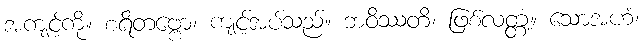
အကျင့်ကို။ စရိတဗ္ဗော၊ ကျင့်အပ်သည်။ ဘဝိဿတိ၊ ဖြစ်လတ္တံ့။ သောအဟံ၊